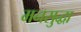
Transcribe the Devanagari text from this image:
मनसुद्धा